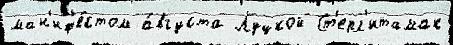
ман'иф'е́стом а́вгуста Луцкой Ст'ерл'итамак